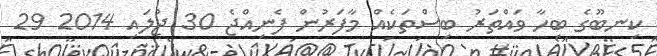
ކިނބޫގެ ބިހާ ވައްތަރު ބިސްތަކެއް މާފަރުން ފެނިއްޖެ 30 ޖުލައި 2014 29